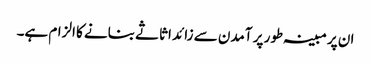
ان پر مبینہ طور پر آمدن سے زائد اثاثے بنانے کا الزام ہے۔